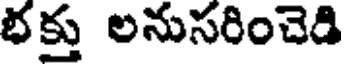
భక్తు లనుసరించెడి